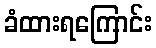
ခံထားရကြောင်း